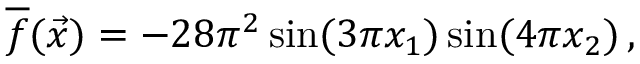
\overline { { f } } ( \vec { x } ) = - 2 8 \pi ^ { 2 } \sin ( 3 \pi x _ { 1 } ) \sin ( 4 \pi x _ { 2 } ) \, ,